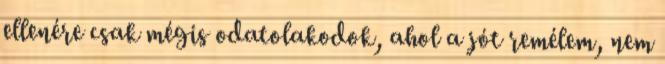
ellenére csak mégis odatolakodok, ahol a jót remélem, nem